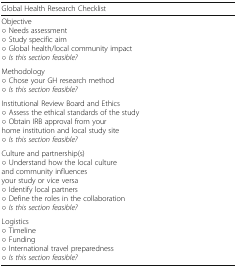
| Global Health Research Checklist |
 | --- |
 | Objective○ Needs assessment○ Study specific aim○ Global health/local community impact○ Is this section feasible? |
 | Methodology○ Chose your GH research method○ Is this section feasible? |
 | Institutional Review Board and Ethics○ Assess the ethical standards of the study○ Obtain IRB approval from your home institution and local study site○ Is this section feasible? |
 | Culture and partnership(s)○ Understand how the local culture and community influences your study or vice versa○ Identify local partners○ Define the roles in the collaboration○ Is this section feasible? |
 | Logistics○ Timeline○ Funding○ International travel preparedness○ Is this section feasible? |